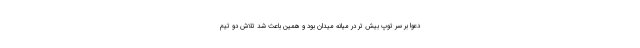
دعوا بر سر توپ بیش تر در میانه میدان بود و همین باعث شد تلاش دو تیم